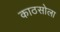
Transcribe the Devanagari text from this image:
काठसोला